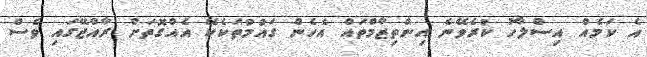
އެ ކަމެއް އިސްލާހު ކުރެވޭނެ އިންތިޒާމްތައް އެހެން ގައުމުތަކެކޭ އެއްގޮތަށް ރާއްޖޭގައި ވެސް